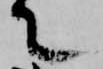
て